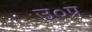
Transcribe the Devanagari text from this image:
उ०प्र